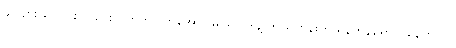
ခင်ဗျား ပြောင်းလဲသွားလိုက်တာ ကိုအောင်မြင်ရာ ဒါနဲ့ ဘယ်တုန်းက ရန်ကုန်ရောက်နေတာလဲ